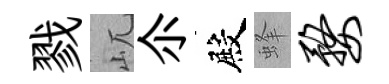
戮屼尒殿蜂婺